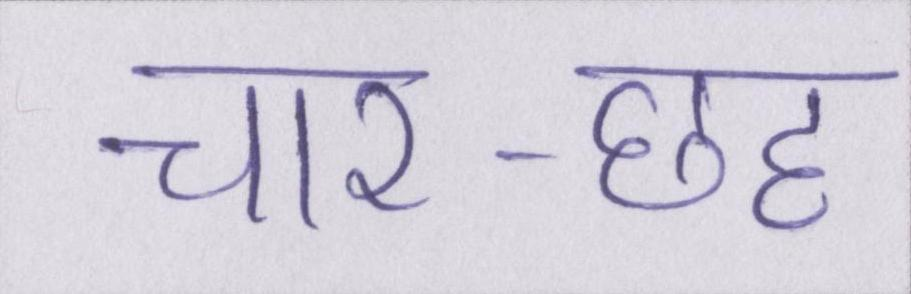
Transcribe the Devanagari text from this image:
चार-छह